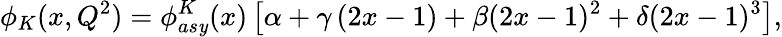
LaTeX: \phi_{K}(x,Q^{2})=\phi_{as\mathit{y}}^{K}(x)\left[\alpha+\gamma\left(2x-1\right)+\beta(2x-1)^{2}+\delta(2x-1)^{3}\right],